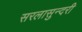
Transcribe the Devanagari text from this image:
सरलासुन्दरी